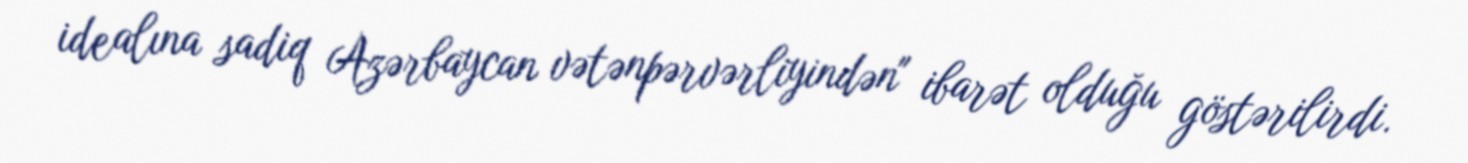
idealına sadiq Azərbaycan vətənpərvərliyindən" ibarət olduğu göstərilirdi.